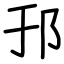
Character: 邘